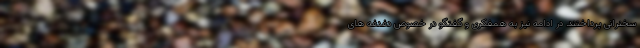
سخنرانی پرداختند. در ادامه نیز به همفکری و گفتگو در خصوص دغدغه های